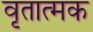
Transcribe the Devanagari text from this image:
वृतात्मक